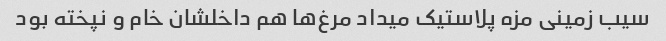
سیب زمینی مزه پلاستیک میداد مرغ‌ها هم داخلشان خام و نپخته بود